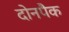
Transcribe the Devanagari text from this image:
दोनपैक